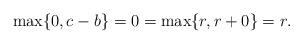
LaTeX: \begin{align*}\max\{0,c-b\}=0=\max\{r,r+0\}=r. \end{align*}